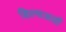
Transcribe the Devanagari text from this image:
हिल्सअर्ली